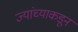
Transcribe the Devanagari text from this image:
ज्यांच्याकडून